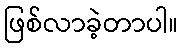
ဖြစ်လာခဲ့တာပါ။